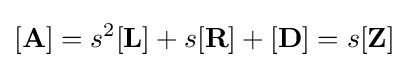
\mathbf {[A]} =s^{2}\mathbf {[L]} +s\mathbf {[R]} +\mathbf {[D]} =s\mathbf {[Z]}